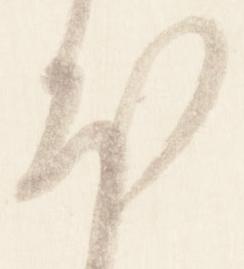
本